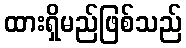
ထားရှိမည်ဖြစ်သည်